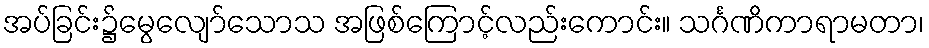
အပ်ခြင်း၌မွေလျော်သောသ အဖြစ်ကြောင့်လည်းကောင်း။ သင်္ဂဏိကာရာမတာ၊